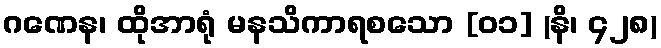
ဂဏေန၊ ထိုအာရုံ မနသိကာရစသော [၀၁] (နိ၊ ၄၂၈)